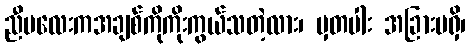
ညီမလေးကအချစ်ကိုကိုးကွယ်သတဲ့လား၊ မှတပါး အခြားမရှိ၊